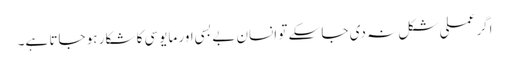
اگر عملی شکل نہ دی جا سکے تو انسان بے بسی اور مایوسی کا شکار ہو جاتا ہے۔